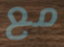
مع